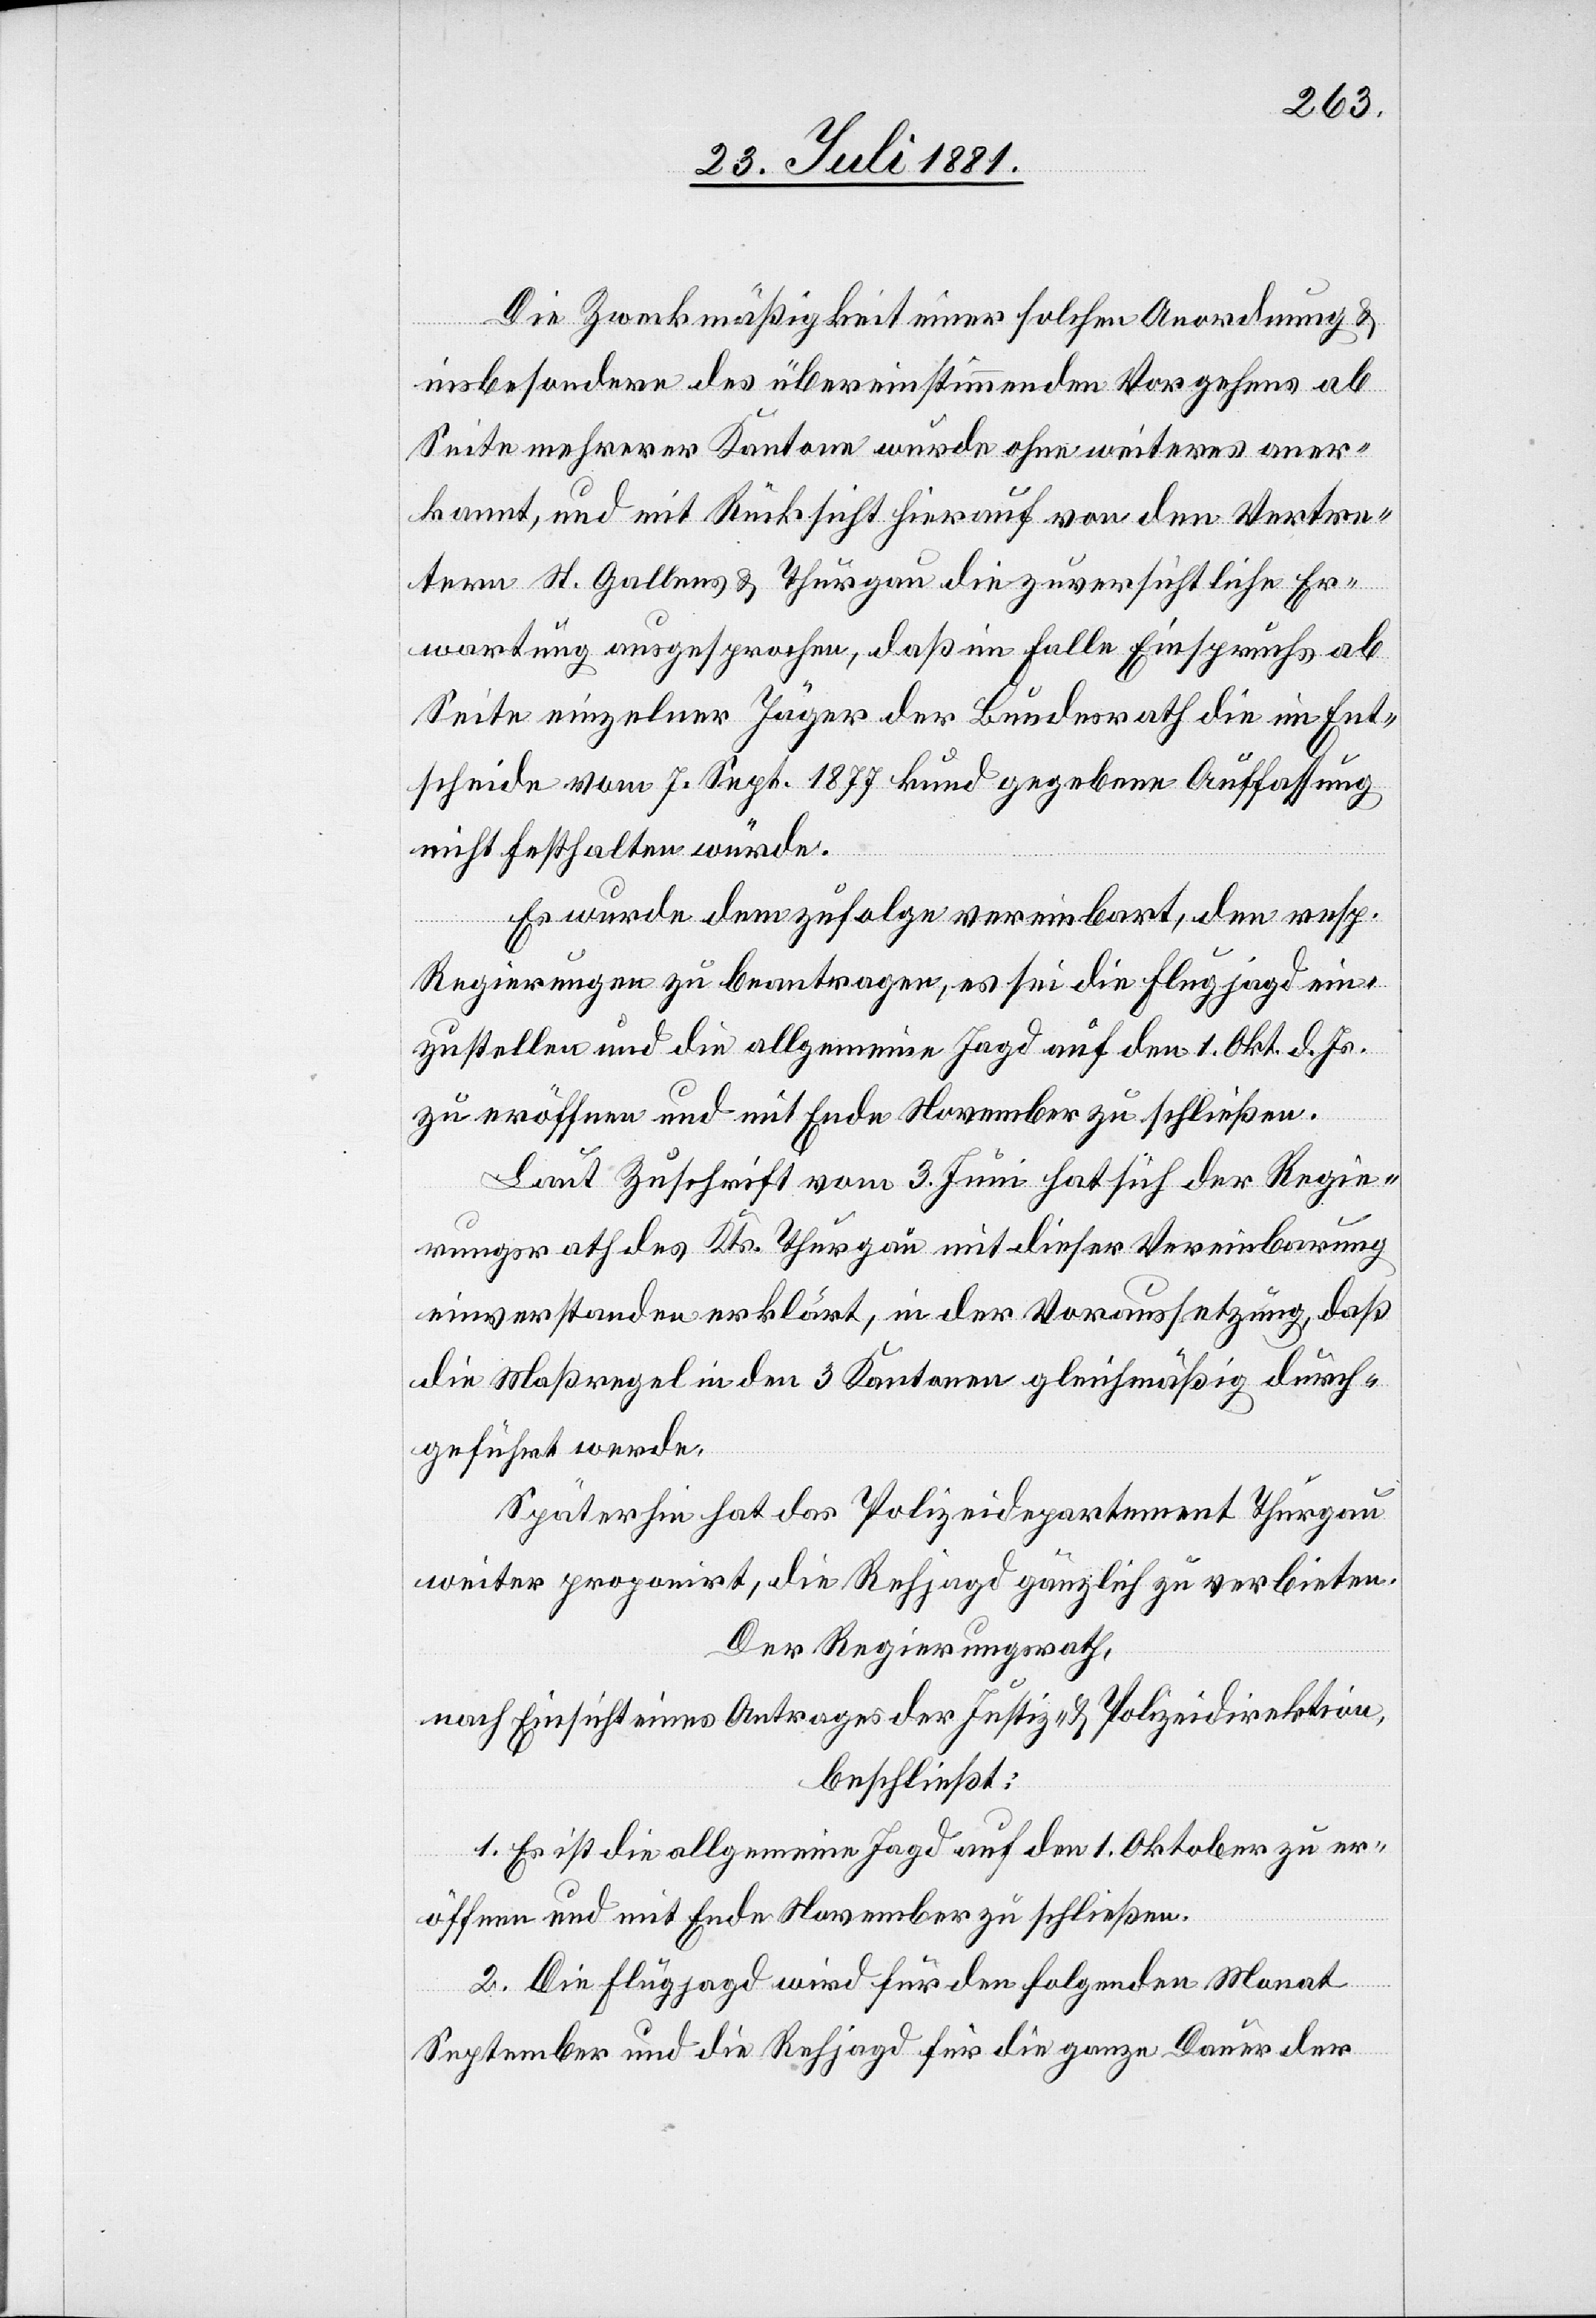
Die Zweckmäßigkeit einer solchen Anordnung &
insbesondere des übereinstimmenden Vorgehens ab
Seite mehrerer Kantone wurde ohne weiteres aner¬
kannt, und mit Rücksicht hierauf von den Vertre¬
tern St. Gallens & Thurgaus die zuversichtliche Er¬
wartung ausgesprochen, daß im Falle Einspruchs ab
Seite einzelner Jäger der Bundesrath die im Ent¬
scheide vom 7. Sept. 1877 kund gegebene Auffassung
nicht festhalten würde.
Es wurde dem zufolge vereinbart, den resp.
Regierungen zu beantragen, es sei die Flugjagd ein¬
zustellen und die allgemeine Jagd auf den 1. Okt. d. Js.
zu eröffnen und mit Ende November zu schließen.
Laut Zuschrift vom 3. Juni hat sich der Regie¬
rungsrath des Kts. Thurgau mit dieser Vereinbarung
einverstanden erklärt, in der Voraussetzung, daß
die Maßregel in den 3 Kantonen gleichmäßig durch¬
geführt werde.
Späterhin hat das Polizeidepartement Thurgau
weiter propagirt, die Rehjagd gänzlich zu verbieten.
Der Regierungsrath,
nach Einsicht eines Antrages der Justiz- & Polizeidirektion,
beschließt:
1. Es ist die allgemeine Jagd auf den 1. Oktober zu er¬
öffnen und mit Ende November zu schließen.
2. Die Flugjagd wird für den folgenden Monat
September und die Rehjagd für die ganze Dauer der